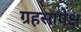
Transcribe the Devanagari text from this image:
ग्रहसापेक्ष